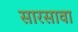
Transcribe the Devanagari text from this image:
सारसावा